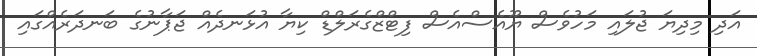
އަދި މިދިޔަ ޖުލައި މަހުވެސް ޔޫއެސްއެސް ފިޓްޒްގެރަލްޑް ކިޔާ އުޅަނދެއް ޖަޕާނުގެ ބަނދަރެއްގައި